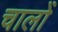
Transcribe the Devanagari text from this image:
चालोँ